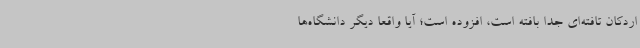
اردکان تافته‌ای جدا بافته است، افزوده است؛ آیا واقعا دیگر دانشگاه‌ها